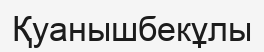
Қуанышбекұлы